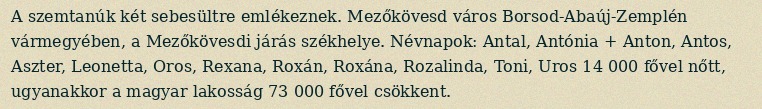
A szemtanúk két sebesültre emlékeznek. Mezőkövesd város Borsod-Abaúj-Zemplén vármegyében, a Mezőkövesdi járás székhelye. Névnapok: Antal, Antónia + Anton, Antos, Aszter, Leonetta, Oros, Rexana, Roxán, Roxána, Rozalinda, Toni, Uros 14 000 fővel nőtt, ugyanakkor a magyar lakosság 73 000 fővel csökkent.